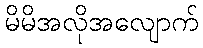
မိမိအလိုအလျောက်